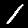
Digit: 1